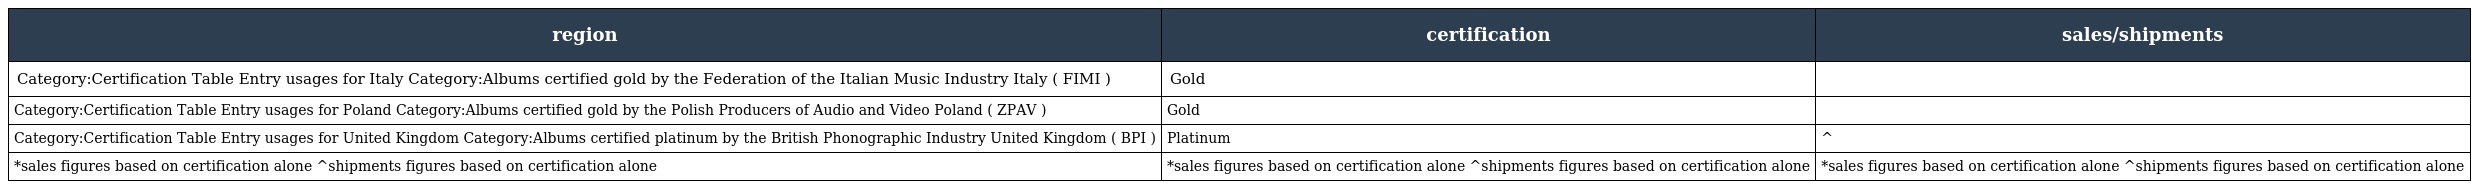
| region | certification | sales/shipments |
 | --- | --- | --- |
 | Category:Certification Table Entry usages for Italy Category:Albums certified gold by the Federation of the Italian Music Industry Italy ( FIMI ) | Gold |  |
 | Category:Certification Table Entry usages for Poland Category:Albums certified gold by the Polish Producers of Audio and Video Poland ( ZPAV ) | Gold |  |
 | Category:Certification Table Entry usages for United Kingdom Category:Albums certified platinum by the British Phonographic Industry United Kingdom ( BPI ) | Platinum | ^ |
 | *sales figures based on certification alone ^shipments figures based on certification alone | *sales figures based on certification alone ^shipments figures based on certification alone | *sales figures based on certification alone ^shipments figures based on certification alone |